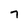
Character: 7